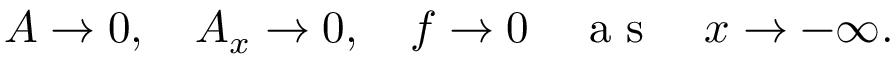
A \rightarrow 0 , \quad A _ { x } \rightarrow 0 , \quad f \rightarrow 0 \quad \mathrm { ~ a ~ s ~ } \quad x \rightarrow - \infty .